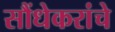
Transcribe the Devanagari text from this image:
सौंधेकरांचे